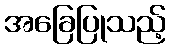
အခြေပြုသည့်